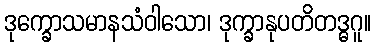
ဒုက္ခောသမာနသံဝါသော၊ ဒုက္ခာနုပတိတဒ္ဓဂူ။